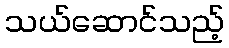
သယ်ဆောင်သည့်